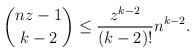
LaTeX: \begin{align*}\binom{nz-1}{k-2} \le \frac{z^{k-2}}{(k-2)!} n^{k-2}.\end{align*}